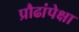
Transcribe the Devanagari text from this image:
प्रौढांपेक्षा